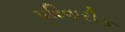
પરિવારીક